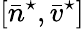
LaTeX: [\bar{n}^{\star},\bar{v}^{\star}]